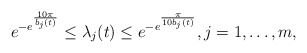
\begin{align*}e^{-e^{\frac{10\pi}{b_{j}(t)}}}\leq \lambda_{j}(t)\leq e^{-e^{\frac{\pi}{10b_{j}(t)}}}, j=1,\dots, m,\end{align*}